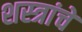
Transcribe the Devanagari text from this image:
शस्‍त्रांचे